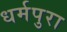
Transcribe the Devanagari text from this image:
धर्मपुरा